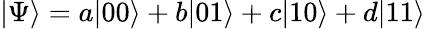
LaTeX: |\Psi\rangle=a|00\rangle+b|01\rangle+c|10\rangle+d|11\rangle